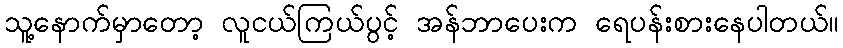
သူ့နောက်မှာတော့ လူငယ်ကြယ်ပွင့် အန်ဘာပေးက ရေပန်းစားနေပါတယ်။